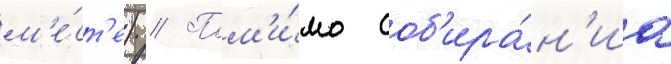
м'е́ст'е) // Пом'и́мо соб'ира́н'иа